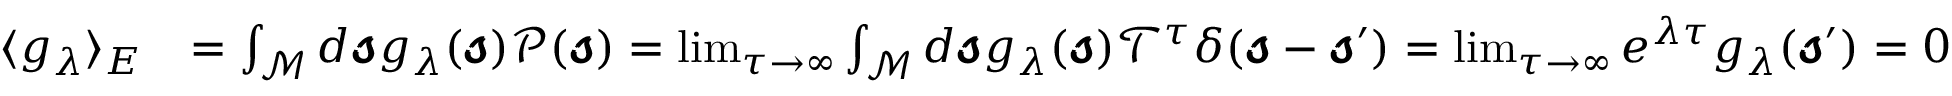
\begin{array} { r l } { \langle g _ { \lambda } \rangle _ { E } } & { = \int _ { \mathcal { M } } d \pmb { \mathscr { s } } g _ { \lambda } ( \pmb { \mathscr { s } } ) \mathscr { P } ( \pmb { \mathscr { s } } ) = \operatorname* { l i m } _ { \tau \rightarrow \infty } \int _ { \mathcal { M } } d \pmb { \mathscr { s } } g _ { \lambda } ( \pmb { \mathscr { s } } ) \mathscr { T } ^ { \tau } \delta ( \pmb { \mathscr { s } } - \pmb { \mathscr { s } } ^ { \prime } ) = \operatorname* { l i m } _ { \tau \rightarrow \infty } e ^ { \lambda \tau } g _ { \lambda } ( \pmb { \mathscr { s } } ^ { \prime } ) = 0 } \end{array}